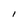
Character: l